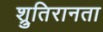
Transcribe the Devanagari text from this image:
श्रुतिरानता